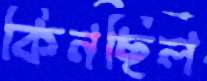
কিনছিল